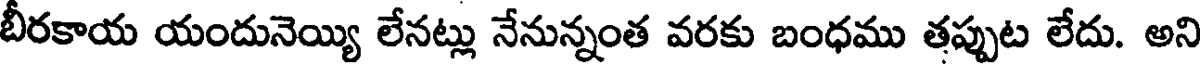
బీరకాయ యందునెయ్యి లేనట్లు నేనున్నంత వరకు బంధము తప్పుట లేదు. అని